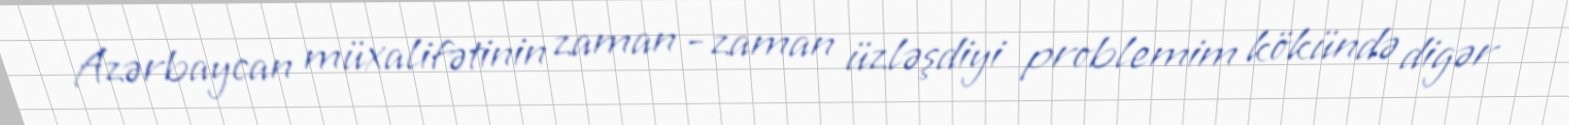
Azərbaycan müxalifətinin zaman - zaman üzləşdiyi problemim kökündə digər